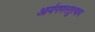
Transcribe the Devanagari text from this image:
आर्यगणस्तुत्याय